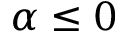
\alpha \leq 0